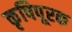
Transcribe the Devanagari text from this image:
कृषिपूरक